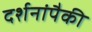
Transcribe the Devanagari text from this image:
दर्शनांपैकी